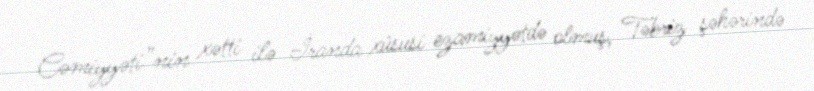
Cəmiyyəti”nin xətti ilə İranda xüsusi ezamiyyətdə olmuş, Təbriz şəhərində